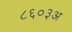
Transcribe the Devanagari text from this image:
८६०३अ